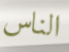
الناس